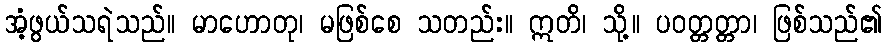
အံ့ဖွယ်သရဲသည်။ မာဟောတု၊ မဖြစ်စေ သတည်း။ ဣတိ၊ သို့။ ပဝတ္တတ္တာ၊ ဖြစ်သည်၏